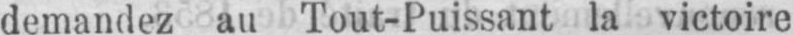
demandez au Tout-Puissant la victoire